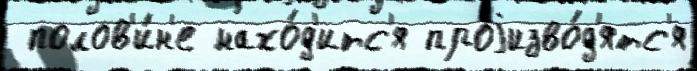
 полов'и́н'е нахо́д'итс'я проjизво́д'ятс'я